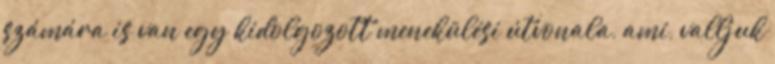
számára is van egy kidolgozott menekülési útvonala, ami, valljuk